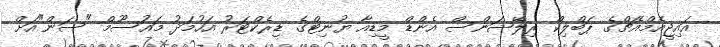
އައިޖީއެމްއެޗްގެ ޕަބްލިކް ރިލޭޝަންސް އެންޑް މީޑިއާ ޔުނިޓްގެ ޑިރެކްޓަރު އަހުމަދު މައުސޫމް "ސަން"އަށް